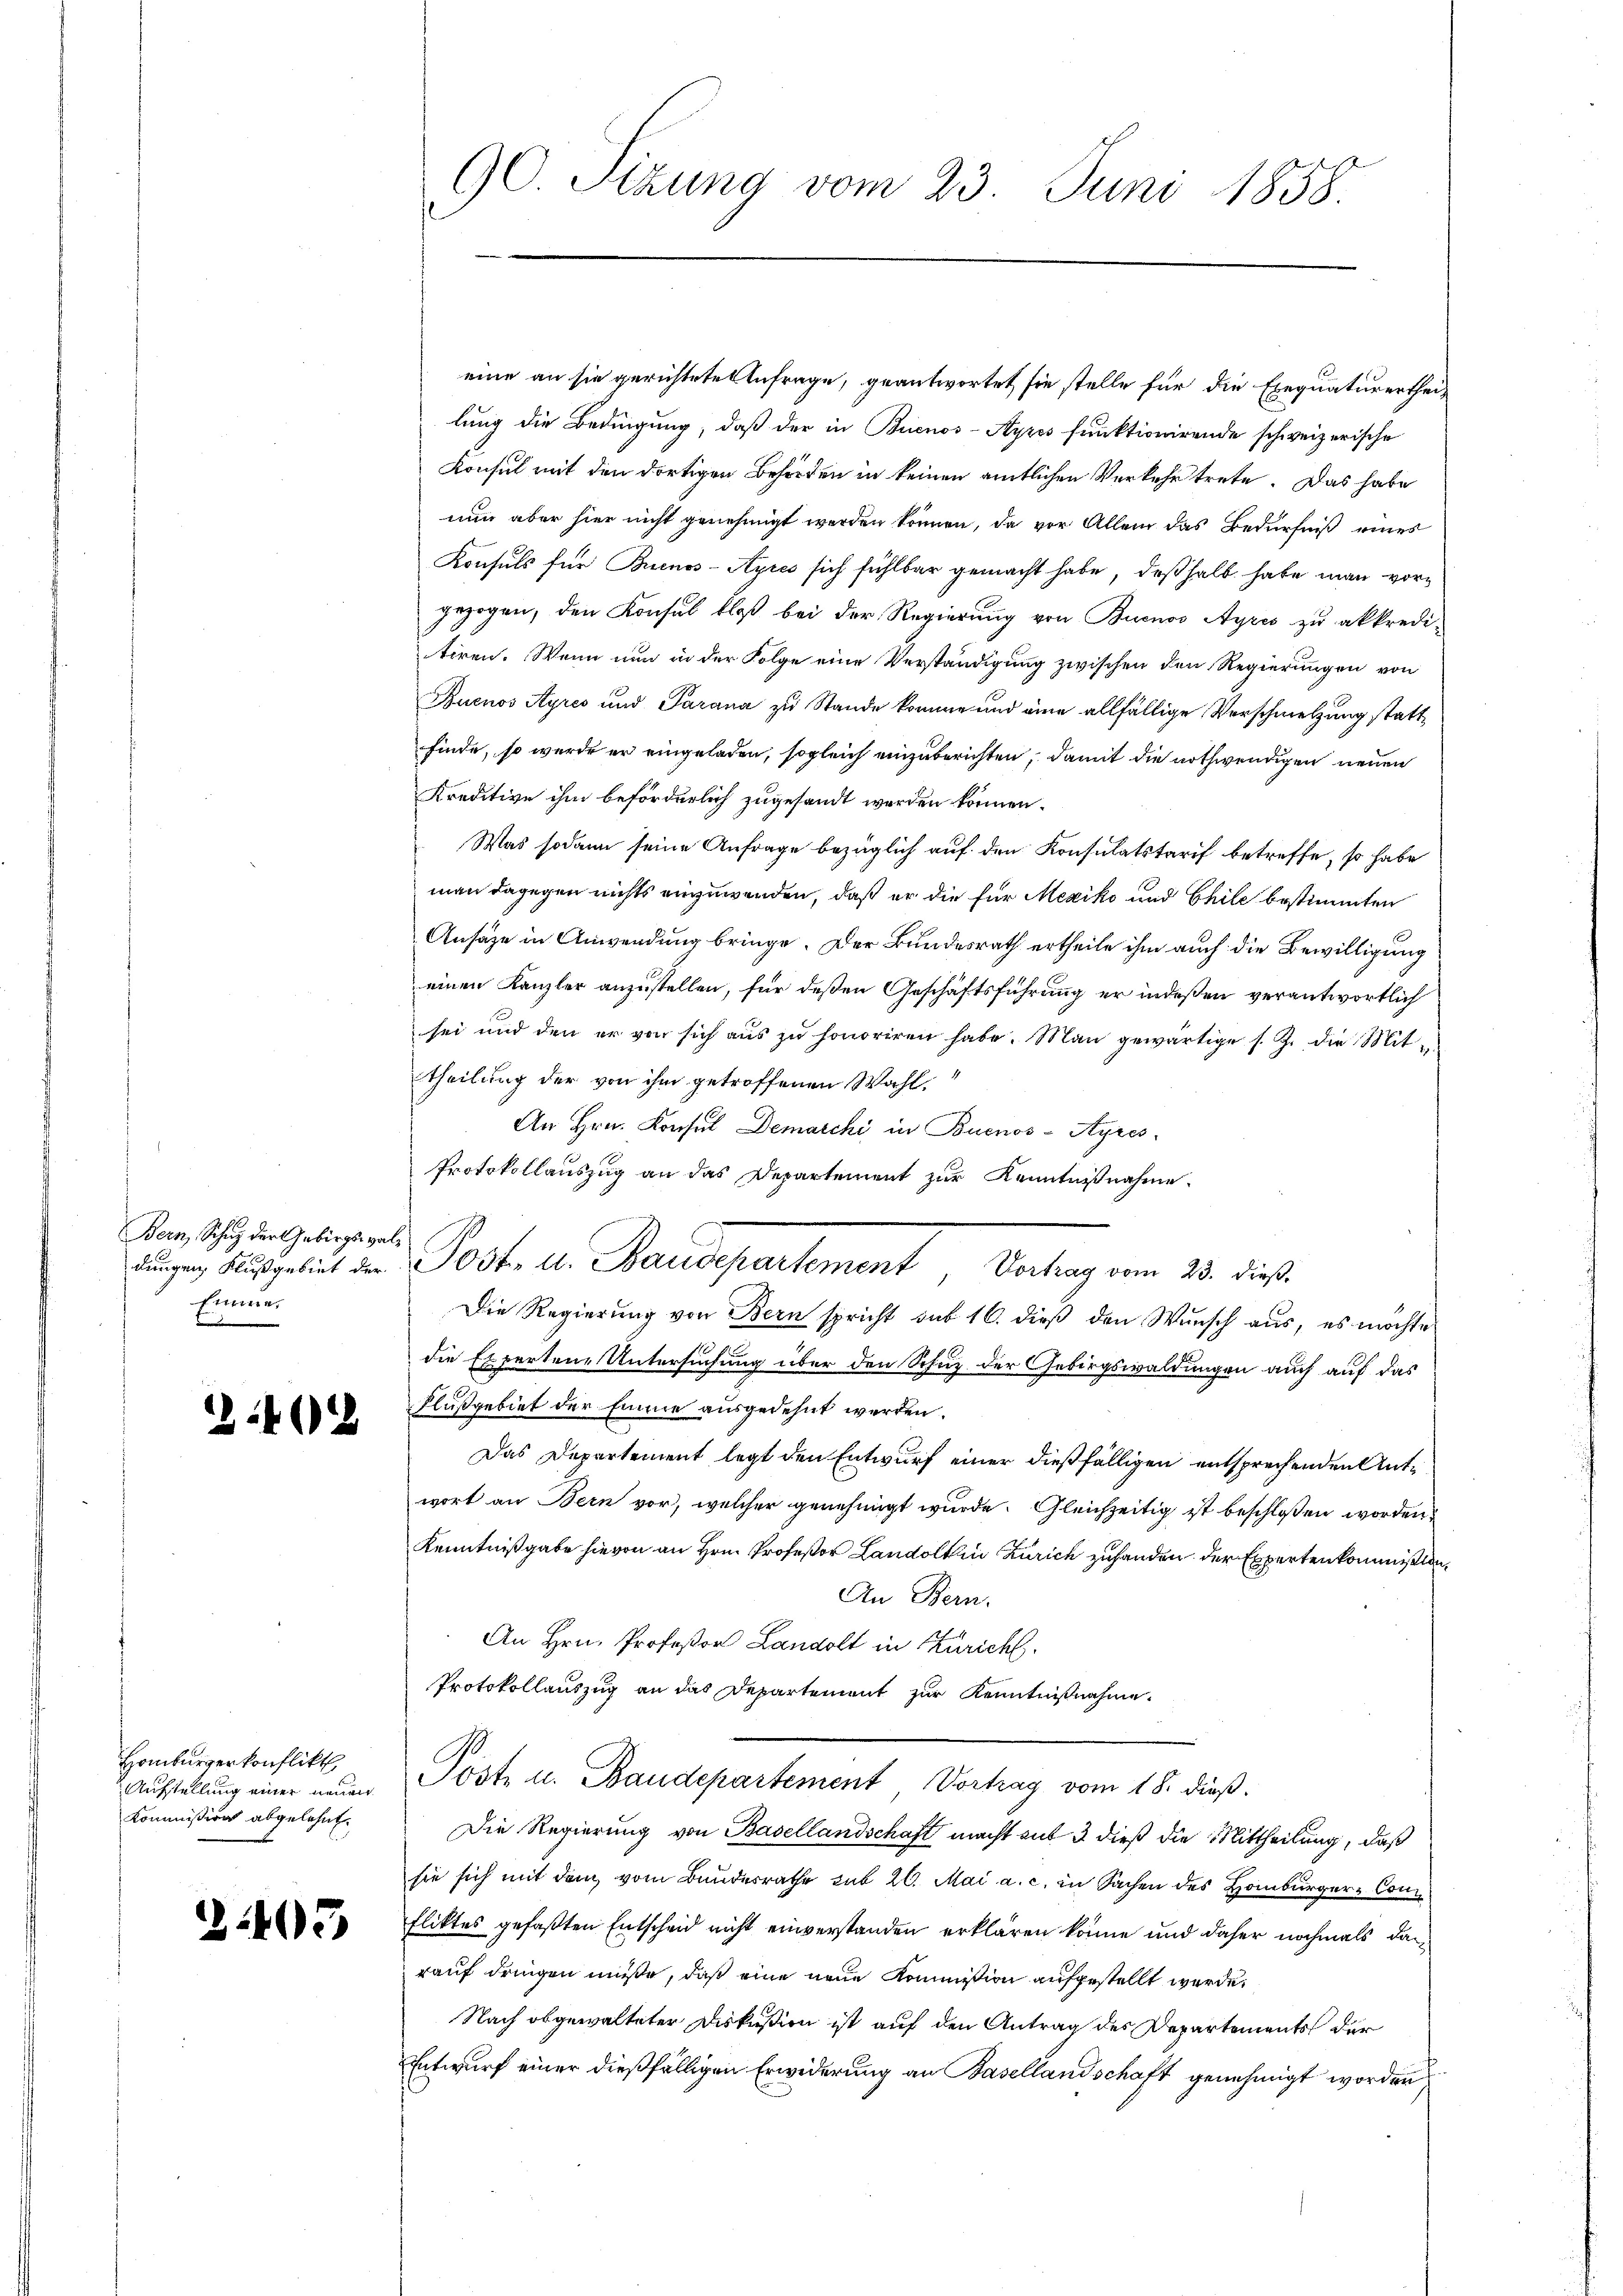
Bern, Schutz der Gebirgs-val¬
Einma¬

242

Hamburgerkonflikt
Kommissions abgelehnt.

2405

GC. Sitzung vom 23. Juni 1858.

eine an sie gerichtete Anfrage, geantwortet sie stelle für die Exequaturertheilung die Bedingung, daß der in Buenos-Ayres funktionirende schweizerische
Konsul mit den dortigen Behörden in keinen amtlichen Verkehr trete. Das habe
nun aber hier nicht genehmigt werden können, da vor Allem das Bedürfniß eines
Konsuls für Buenos-Ayres sich fühlbar gemacht habe, deßhalb habe man vorgezogen, den Konsul bloß bei der Regierung von Buenos Ayres zu akkredi-
tiren. Wenn nun in der Folge eine Verständigung zwischen den Regierungen von
Buenos Ayres und Parana zu Stande komme und eine allfällige Verschmelzung stattfinde, so werde er eingeladen, sogleich einzuberichten, damit die nothwendigen neuen
Kreditive ihm beförderlich zugesandt werden können.
Was sodann seine Anfrage bezüglich auf den Konsulatstarif betreffe, so habe
man dagegen nichts einzuwenden, daß er die für Mexiko und Chile bestimmten
Ansäze in Anwendung bringe. Der Bundesrath ertheile ihm auch die Bewilligung
einen Kanzler anzustellen, für deßen Geschäftsführung er indeßen verantwortlich
sei und den er von sich aŭs zŭ honoriren habe. Man gewärtige s. Z. die Mit-
theilung der von ihm getroffenen Wahl.
An Hrn. Konsul Demarchi in Buenos-Ayres-
Protokollauszug an das Departement zur Kenntnißnahme
Die Regierung von Bern spricht sub 16. dieß den Wunsch aus, es möchte
die Expertene Untersuchung über den Schuz der Gebirgswaldungen auch auf das
Flußgebiet der Eine ausgedehnt werden.
Das Departement legt den Entwurf einer dießfälligen entsprechenden Antwort an Bern vor, welcher genehmigt wurde. Gleichzeitig ist beschlossen worden,
Kenntnißgabe hievon an Hrn. Profeßor Landolin Zürich zuhanden der Expertenkommißion,
An Bern.
An Hrn. Profeßor Landolt in Zürich.
Protokollauszug an das Departement zur Kenntnißnahme.
Aufstellung einer unden Pöste u. Baudepartement Vortrag vom 18. dieß.
Die Regierung von Basellandschaft macht aus 3 dieß die Mittheilung, daß
sie sich mit dem vom Bundesrathe sub 20. Mai a. c. in Sachen des Homburger-Con
fliktes gefaßten Entscheid nicht einverstanden erklären könne und daher nochmals danrauf dringen müße, daß eine neue Kommission aufgestellt werde,
Nach abgewalteter Diskußion ist auf den Antrag des Departements der
Entwurf einer dießfälligen Erwiderung an Basellandschaft genehmigt worden

ungen, ausgelict der Post- u. Baudepartement Vertrag vom 18. dies